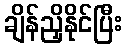
ချိန်ညှိနိုင်ပြီး